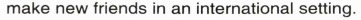
make new friends in an international setting.